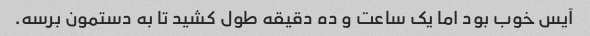
آیس خوب بود اما یک ساعت و ده دقیقه طول کشید تا به دستمون برسه.